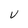
Character: v